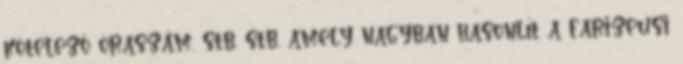
kötelező óraszám, stb. stb. amely nagyban hasonlít a farizeusi